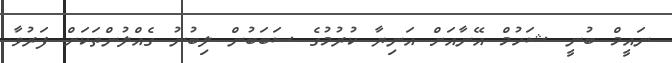
ނައީމް ބުނީ ޝަހުމް އޭނާއަށް އަނިޔާ ކުރުމުގެ ސަބަބުން ލިބުނު ގެއްލުންތަކަށް ފަރުވާ